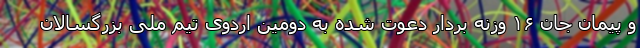
و پیمان جان ۱۶ وزنه بردار دعوت شده به دومین اردوی تیم ملی بزرگسالان